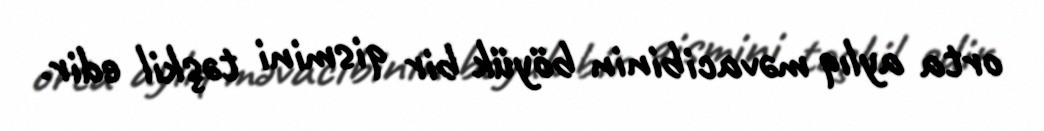
orta aylıq məvacibinin böyük bir qismini təşkil edir.